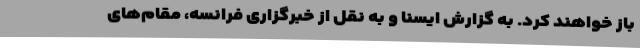
باز خواهند کرد. به گزارش ایسنا و به نقل از خبرگزاری فرانسه، مقام‌های